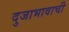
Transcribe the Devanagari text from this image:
दुजाभावाची